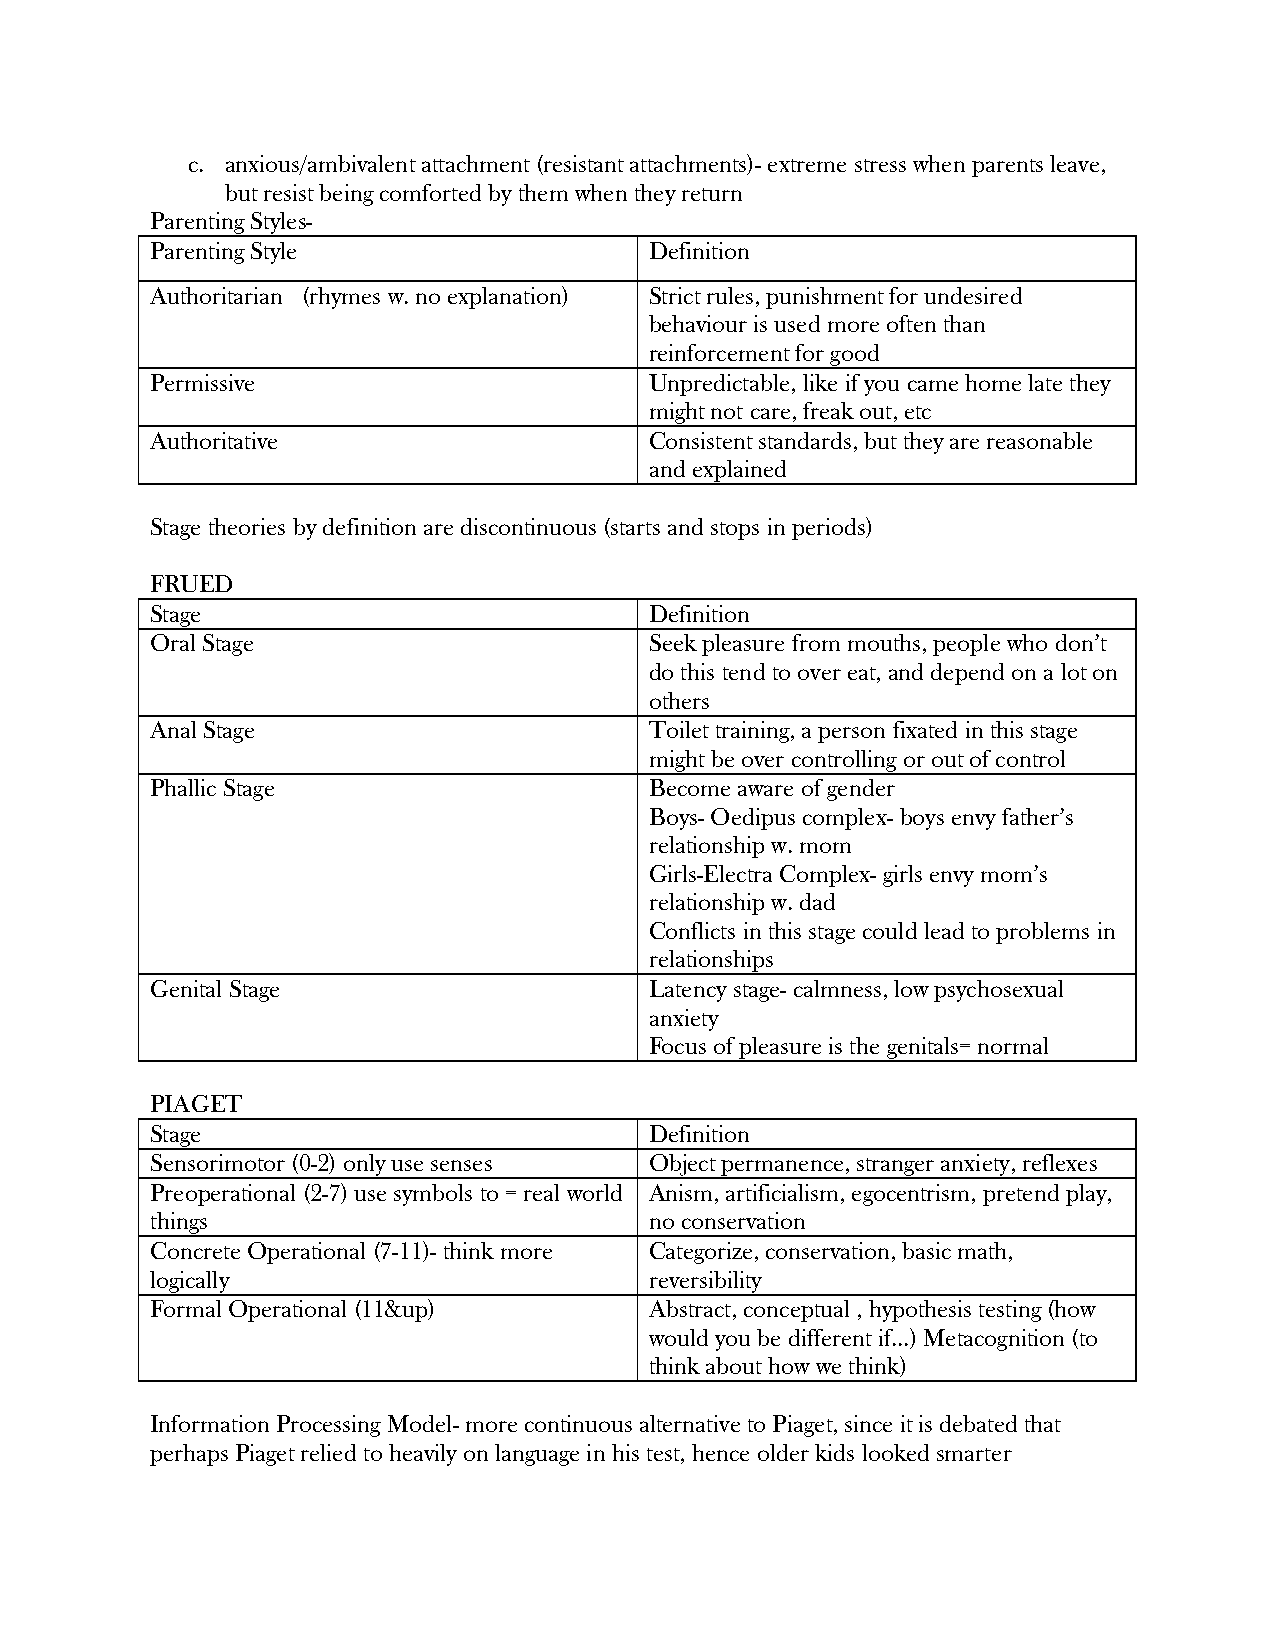
c. anxious/ambivalent attachment (resistant attachments)- extreme stress when parents leave,
 but resist being comforted by them when they return
 Parenting Styles-
 Parenting Style                  Definition
 Authoritarian (rhymes w. no explanation) Strict rules, punishment for undesired
 behaviour is used more often than
 reinforcement for good
 Permissive                       Unpredictable, like if you came home late they
 might not care, freak out, etc
 Authoritative                    Consistent standards, but they are reasonable
 and explained
 Stage theories by definition are discontinuous (starts and stops in periods)
 FRUED
 Stage                            Definition
 Oral Stage                       Seek pleasure from mouths, people who don’t
 do this tend to over eat, and depend on a lot on
 others
 Anal Stage                       Toilet training, a person fixated in this stage
 might be over controlling or out of control
 Phallic Stage                    Become aware of gender
 Boys- Oedipus complex- boys envy father’s
 relationship w. mom
 Girls-Electra Complex- girls envy mom’s
 relationship w. dad
 Conflicts in this stage could lead to problems in
 relationships
 Genital Stage                    Latency stage- calmness, low psychosexual
 anxiety
 Focus of pleasure is the genitals= normal
 PIAGET
 Stage                            Definition
 Sensorimotor (0-2) only use senses Object permanence, stranger anxiety, reflexes
 Preoperational (2-7) use symbols to = real world Anism, artificialism, egocentrism, pretend play,
 things                           no conservation
 Concrete Operational (7-11)- think more Categorize, conservation, basic math,
 logically                        reversibility
 Formal Operational (11&up)       Abstract, conceptual , hypothesis testing (how
 would you be different if…) Metacognition (to
 think about how we think)
 Information Processing Model- more continuous alternative to Piaget, since it is debated that
 perhaps Piaget relied to heavily on language in his test, hence older kids looked smarter